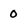
Character: 0